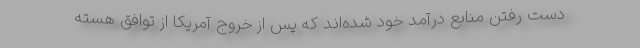
دست رفتن منابع درآمد خود شده‌اند که پس از خروج آمریکا از توافق هسته